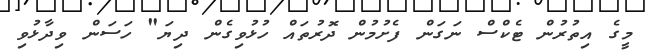
މީގެ އިތުރުން ޓެކްސް ނަގަން ފެށުމުން ދޮރުތައް ހުޅުވިގެން ދިޔަ" ހަސަން ވިދާޅުވި